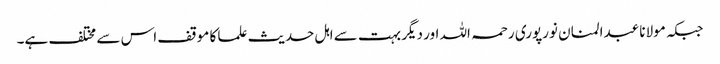
جبکہ مولانا عبدالمنان نورپوری رحمہ اللہ اور دیگر بہت سے اہل حدیث علما کا موقف اس سے مختلف ہے۔